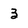
Character: 3